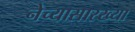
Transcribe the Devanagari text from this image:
नेच्यासारख्या